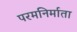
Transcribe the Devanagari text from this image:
परमनिर्माता